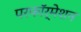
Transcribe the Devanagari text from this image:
परफॉर्मेशन